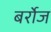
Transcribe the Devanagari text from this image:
बर्रोज